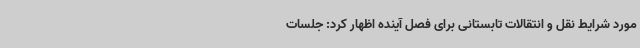
مورد شرایط نقل و انتقالات تابستانی برای فصل آینده اظهار کرد: جلسات